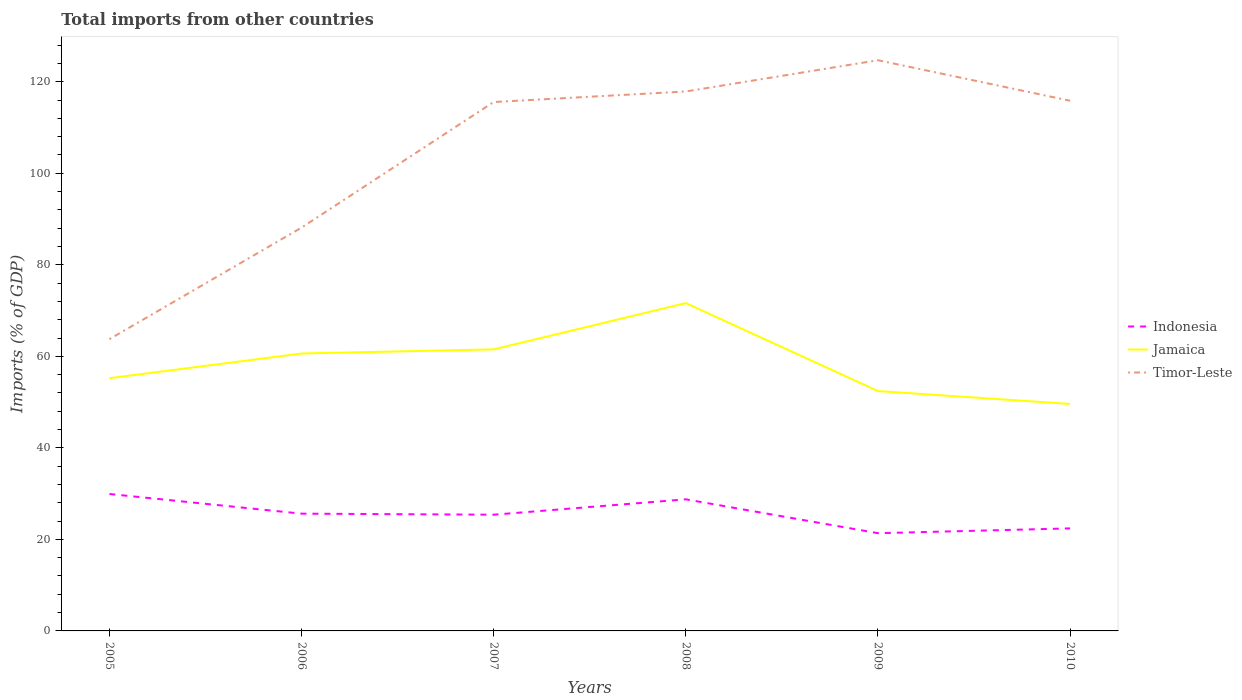
| Years | Indonesia | Jamaica | Timor-Leste |
 | --- | --- | --- | --- |
 | 2005 | 29.9 | 55.2 | 63.7 |
 | 2006 | 25.6 | 60.6 | 88.1 |
 | 2007 | 25.4 | 61.5 | 116 |
 | 2008 | 28.8 | 71.6 | 118 |
 | 2009 | 21.4 | 52.4 | 125 |
 | 2010 | 22.4 | 49.6 | 116 |